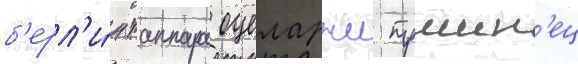
б'ерл'и́н таппара оцеларжи тршин'ец